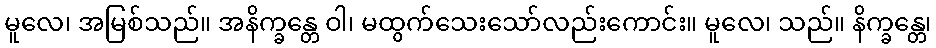
မူလေ၊ အမြစ်သည်။ အနိက္ခန္တေ ဝါ၊ မထွက်သေးသော်လည်းကောင်း။ မူလေ၊ သည်။ နိက္ခန္တေ၊